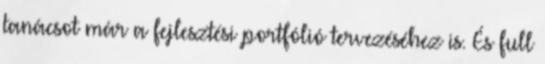
tanácsot már a fejlesztési portfólió tervezéséhez is. És full